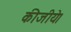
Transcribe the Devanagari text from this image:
कीजीये।